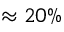
\approx 2 0 \%